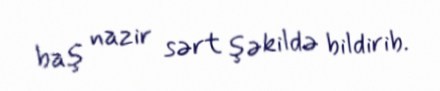
baş nazir sərt şəkildə bildirib.